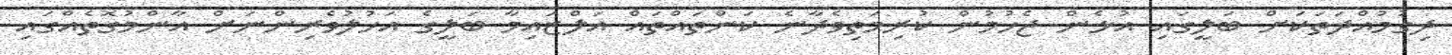
ދިގުމުއްދަތަކަށް ބަލީގައި އުޅެން ޖެހުމުން ކުރިމަތިވެދާނެ ކަންތައްތައް އަލްޒައިމާ ބަލީގެ އަހުލުވެރިންނަށް އާންމުގޮތެއްގައި